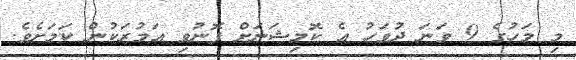
މި މަހުގެ 9 ވަނަ ދުވަހު އެ ކޮމިޝަނަށް ފޮނުވި އަމުރަކުން ކަމަށެވެ.